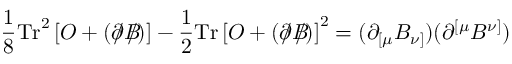
\frac { 1 } { 8 } \mathrm { T r } ^ { 2 } \left[ O + \left( \partial \! \! \! / B \! \! \! \! / \right) \right] - \frac { 1 } { 2 } \mathrm { T r } \left[ O + \left( \partial \! \! \! / B \! \! \! \! / \right) \right] ^ { 2 } = ( \partial _ { \lbrack \mu } B _ { \nu ] } ) ( \partial ^ { \lbrack \mu } B ^ { \nu ] } )